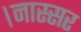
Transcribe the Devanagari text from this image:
।नास्सर